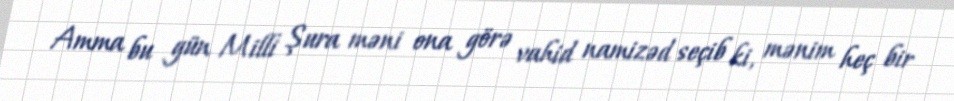
Amma bu gün Milli Şura məni ona görə vahid namizəd seçib ki, mənim heç bir